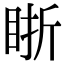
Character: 䀿